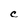
Character: C